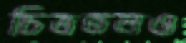
চিত্রতলও